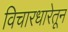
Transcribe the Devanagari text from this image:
विचारधारेतून